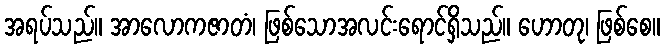
အရပ်သည်။ အာလောကဇာတံ၊ ဖြစ်သောအလင်းရောင်ရှိသည်။ ဟောတု၊ ဖြစ်စေ။